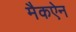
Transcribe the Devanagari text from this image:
मैकऐन